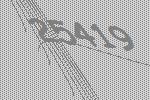
25419